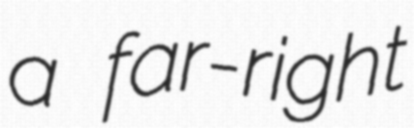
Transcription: a far-right